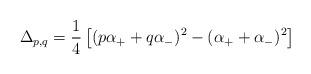
LaTeX: \begin{align*}\Delta_{p,q} = { 1 \over 4 } \left [ ( p \alpha_+ + q \alpha_- )^2 -( \alpha_+ + \alpha_- )^2 \right ]\end{align*}